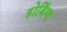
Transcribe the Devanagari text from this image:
होर्डिंग्स